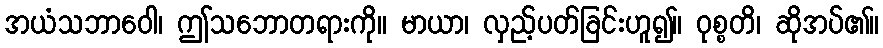
အယံသဘာဝေါ၊ ဤသဘောတရားကို။ မာယာ၊ လှည့်ပတ်ခြင်းဟူ၍။ ဝုစ္စတိ၊ ဆိုအပ်၏။